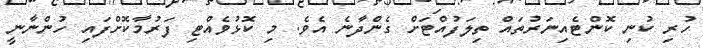
ހުރި ކުނި ކޮންޓެއިނަރުތައް ތިލަފުއްޓަށް ގެންދާނެ އެވެ. މި ކޮޅުވެއްޓި ފަރުމާކޮށްފައި ހުންނާނީ